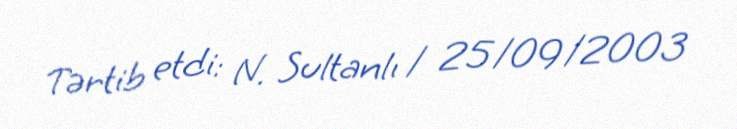
Tərtib etdi: N. Sultanlı / 25/09/2003